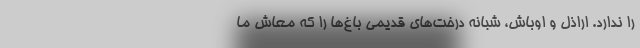
را ندارد. اراذل و اوباش، شبانه درخت‌های قدیمی باغ‌ها را که معاش ما